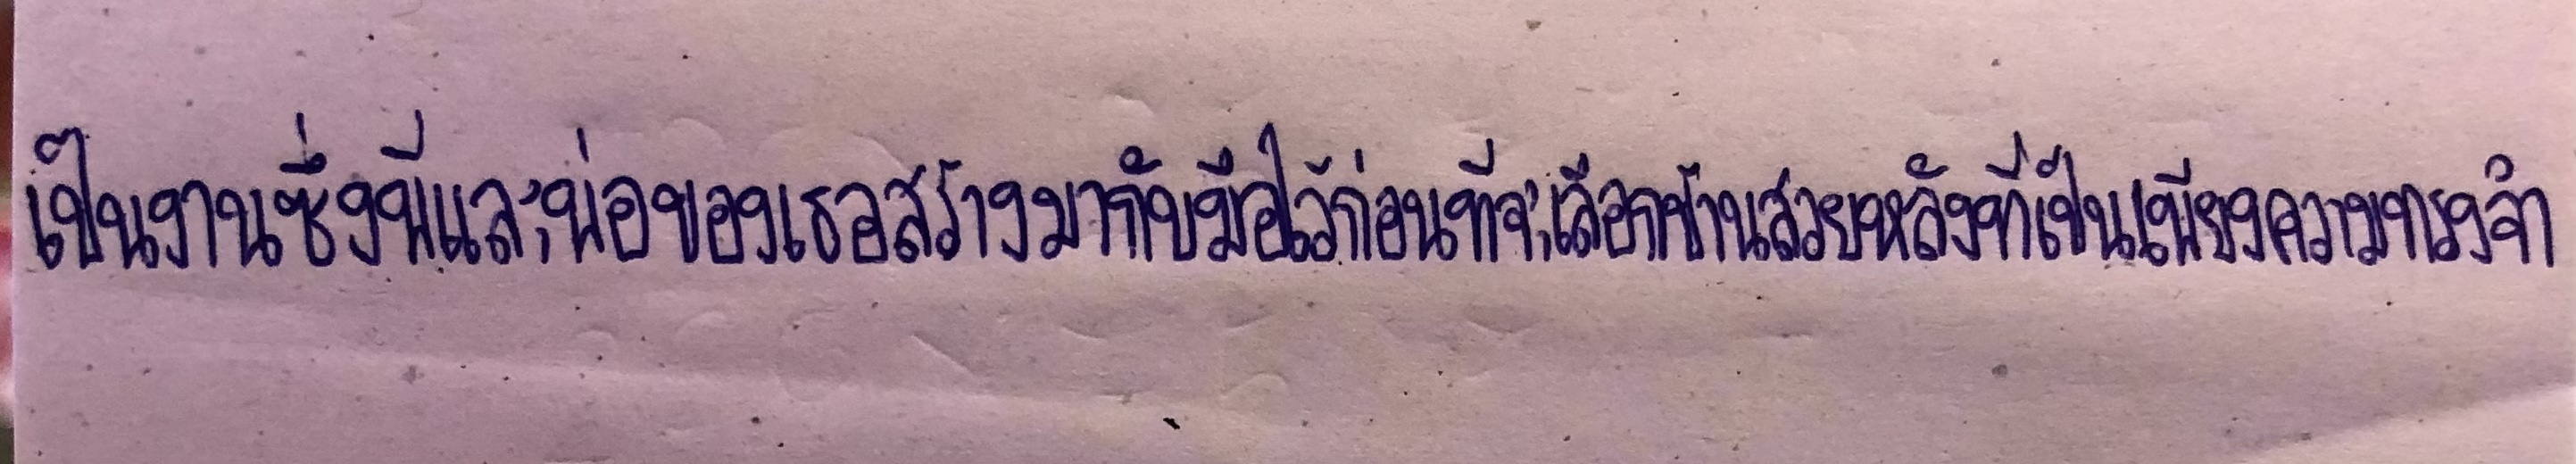
เป็นงานซึ่งพี่และพ่อของเธอสร้างมากับมือไว้ก่อนที่จะเลือกบ้านสวยหลังที่เป็นเพียงความทรงจำ